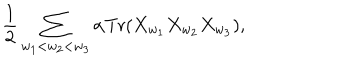
LaTeX: { \frac { 1 } { 2 } } \sum _ { w _ { 1 } < w _ { 2 } < w _ { 3 } } \alpha \mathrm { T r } ( X _ { w _ { 1 } } X _ { w _ { 2 } } X _ { w _ { 3 } } ) ,